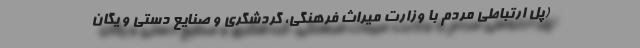
(پل ارتباطی مردم با وزارت میراث فرهنگی، گردشگری و صنایع دستی و یگان